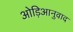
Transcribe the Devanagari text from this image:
ओड़िआनुवाद